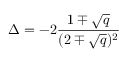
\Delta = - 2 { \frac { 1 \mp \sqrt { q } } { ( 2 \mp \sqrt { q } ) ^ { 2 } } }